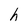
Character: h